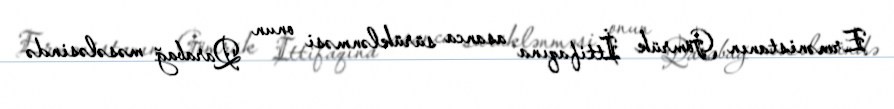
Ermənistanın Gömrük İttifaqına asanca sürüklənməsi onun Qarabağ məsələsində